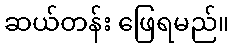
ဆယ်တန်း ဖြေရမည်။